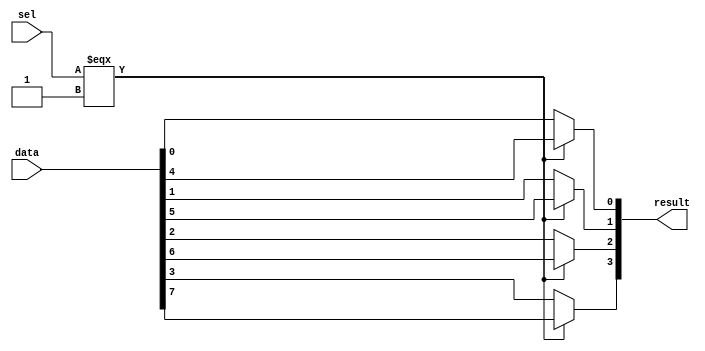
module  MUX4_mux
	( 
	data,
	result,
	sel) /* synthesis synthesis_clearbox=1 */;
	input   [7:0]  data;
	output   [3:0]  result;
	input   [0:0]  sel;
`ifndef ALTERA_RESERVED_QIS
// synopsys translate_off
`endif
	tri0   [7:0]  data;
	tri0   [0:0]  sel;
`ifndef ALTERA_RESERVED_QIS
// synopsys translate_on
`endif

	wire	wire_l1_w0_n0_mux_dataout;
	wire	wire_l1_w1_n0_mux_dataout;
	wire	wire_l1_w2_n0_mux_dataout;
	wire	wire_l1_w3_n0_mux_dataout;
	wire  [7:0]  data_wire;
	wire  [3:0]  result_wire_ext;
	wire  [0:0]  sel_wire;

	assign		wire_l1_w0_n0_mux_dataout = (sel_wire[0] === 1'b1) ? data_wire[4] : data_wire[0];
	assign		wire_l1_w1_n0_mux_dataout = (sel_wire[0] === 1'b1) ? data_wire[5] : data_wire[1];
	assign		wire_l1_w2_n0_mux_dataout = (sel_wire[0] === 1'b1) ? data_wire[6] : data_wire[2];
	assign		wire_l1_w3_n0_mux_dataout = (sel_wire[0] === 1'b1) ? data_wire[7] : data_wire[3];
	assign
		data_wire = {data},
		result = result_wire_ext,
		result_wire_ext = {wire_l1_w3_n0_mux_dataout, wire_l1_w2_n0_mux_dataout, wire_l1_w1_n0_mux_dataout, wire_l1_w0_n0_mux_dataout},
		sel_wire = {sel[0]};
endmodule
module MUX4 (
	data0x,
	data1x,
	sel,
	result)/* synthesis synthesis_clearbox = 1 */;

	input	[3:0]  data0x;
	input	[3:0]  data1x;
	input	  sel;
	output	[3:0]  result;

	wire [3:0] sub_wire5;
	wire [3:0] sub_wire2 = data1x[3:0];
	wire [3:0] sub_wire0 = data0x[3:0];
	wire [7:0] sub_wire1 = {sub_wire2, sub_wire0};
	wire  sub_wire3 = sel;
	wire  sub_wire4 = sub_wire3;
	wire [3:0] result = sub_wire5[3:0];

	MUX4_mux	MUX4_mux_component (
				.data (sub_wire1),
				.sel (sub_wire4),
				.result (sub_wire5));

endmodule